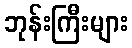
ဘုန်းကြီးများ